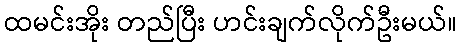
ထမင်းအိုး တည်ပြီး ဟင်းချက်လိုက်ဦးမယ်။